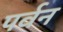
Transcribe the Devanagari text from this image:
पर्वन